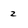
Character: 2